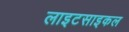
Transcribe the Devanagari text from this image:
लाइटसाइकल